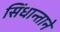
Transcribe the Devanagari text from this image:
सिंधान्ताने